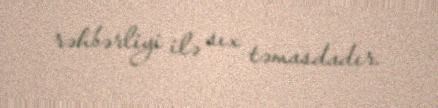
rəhbərliyi ilə sıx təmasdadır.